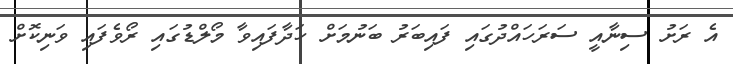
އެ ރަށު ސިނާއީ ސަރަހައްދުގައި ފައިބަރު ބަނުމަށް ހަދާފައިވާ މޯލްޑުގައި ރޯވެފައި ވަނިކޮށް